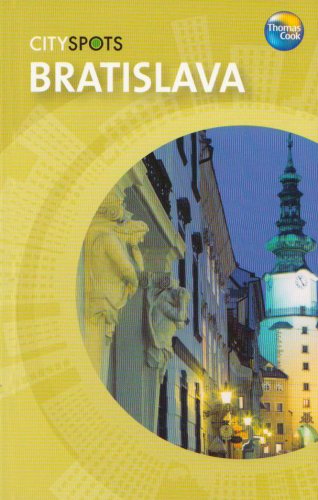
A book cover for Bratislava (CitySpots) (CitySpots); Thomas Cook; Travel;